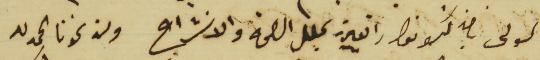
المولى بان كونوا  رايقين بكل الصحة والانشراح وان نحونا الحمدلله